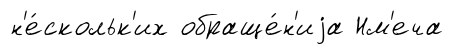
н'е́скольк'их обраще́н'иjа Нм'еча